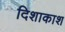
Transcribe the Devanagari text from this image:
दिशाकाश